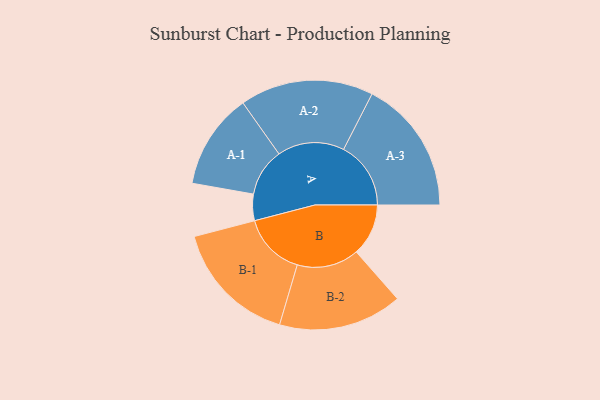
{"axis": {"x": "Segment", "y": "Value"}, "legend": ["", "A", "B"], "data": [{"x": "A", "y": 113, "type": ""}, {"x": "B", "y": 223, "type": ""}, {"x": "A-1", "y": 205, "type": "A"}, {"x": "A-2", "y": 286, "type": "A"}, {"x": "A-3", "y": 288, "type": "A"}, {"x": "B-1", "y": 270, "type": "B"}, {"x": "B-2", "y": 265, "type": "B"}]}